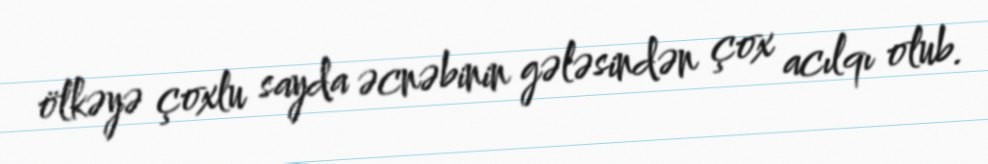
ölkəyə çoxlu sayda əcnəbinin gələsindən çox acılqı olub.